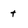
Character: t